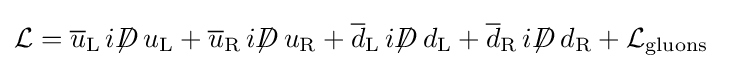
{\mathcal {L}}={\overline {u}}_{\rm {L}}\,i\displaystyle {\not }D\,u_{\rm {L}}+{\overline {u}}_{\rm {R}}\,i\displaystyle {\not }D\,u_{\rm {R}}+{\overline {d}}_{\rm {L}}\,i\displaystyle {\not }D\,d_{\rm {L}}+{\overline {d}}_{\rm {R}}\,i\displaystyle {\not }D\,d_{\rm {R}}+{\mathcal {L}}_{\mathrm {gluons} }~